Vaccination United Provinces of Agra and Oudh 1902-1913 - 1902-1913
Year: 1902
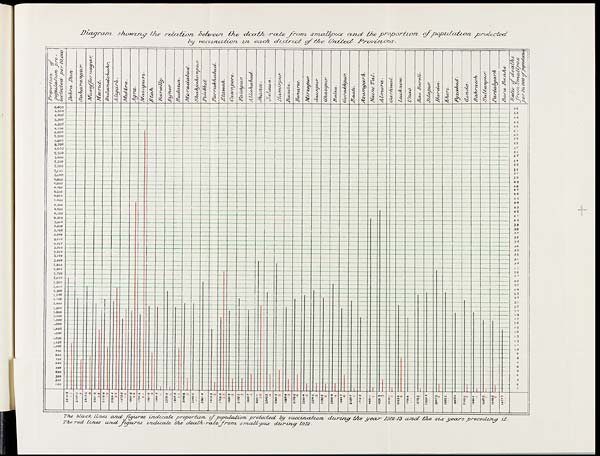
Diagram showing the relation between the death-rate from small-pox and the proportion
of population
protected
by vaccination in each district of the United
Provinces.
The black lines
and figures
indicate
proportion
of population
protected
by vccccination
during
the year
1912-13 and the six yeare
preceding
it.
The red lines
and fïgures
indicate
the death-rate
from
small-pox
during
1912.